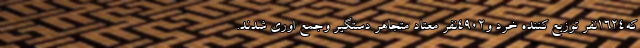
که۱۶۲۴نفر توزیع کننده خرد و۴۹۰۲نفر معتاد متجاهر دستگیر وجمع اوری شدند.